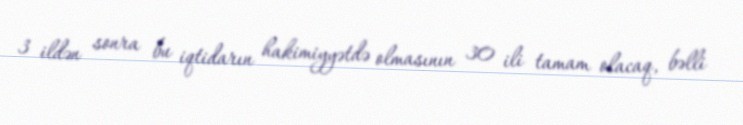
3 ildən sonra bu iqtidarın hakimiyyətdə olmasının 30 ili tamam olacaq, bəlli